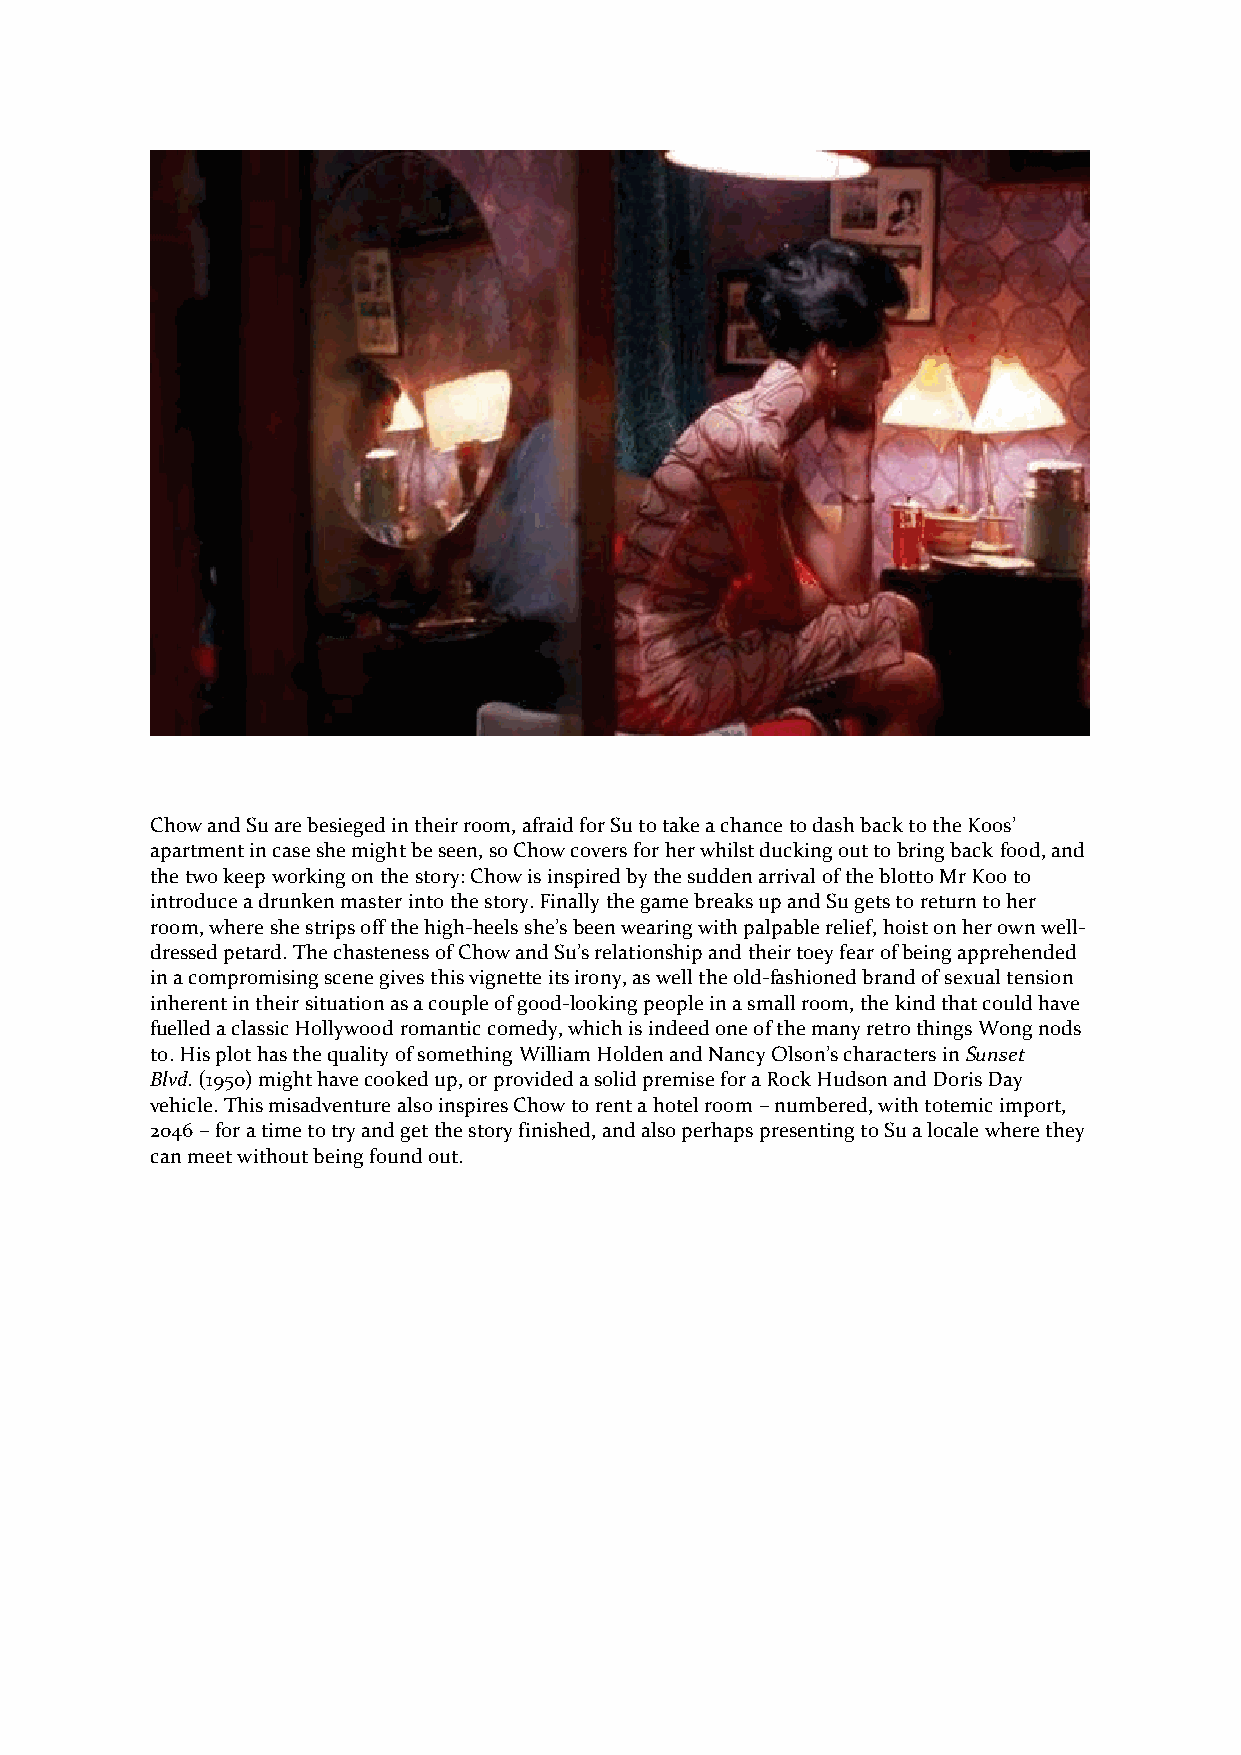
Chow and Su are besieged in their room, afraid for Su to take a chance to dash back to the Koos’
 apartment in case she might be seen, so Chow covers for her whilst ducking out to bring back food, and
 the two keep working on the story: Chow is inspired by the sudden arrival of the blotto Mr Koo to
 introduce a drunken master into the story. Finally the game breaks up and Su gets to return to her
 room, where she strips off the high-heels she’s been wearing with palpable relief, hoist on her own well-
 dressed petard. The chasteness of Chow and Su’s relationship and their toey fear of being apprehended
 in a compromising scene gives this vignette its irony, as well the old-fashioned brand of sexual tension
 inherent in their situation as a couple of good-looking people in a small room, the kind that could have
 fuelled a classic Hollywood romantic comedy, which is indeed one of the many retro things Wong nods
 to. His plot has the quality of something William Holden and Nancy Olson’s characters in Sunset
 Blvd. (1950) might have cooked up, or provided a solid premise for a Rock Hudson and Doris Day
 vehicle. This misadventure also inspires Chow to rent a hotel room – numbered, with totemic import,
 2046 – for a time to try and get the story finished, and also perhaps presenting to Su a locale where they
 can meet without being found out.